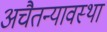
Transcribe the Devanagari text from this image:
अचैतन्यावस्था